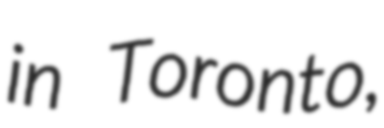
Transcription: in Toronto,